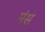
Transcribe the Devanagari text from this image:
मंस